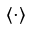
\langle \cdot \rangle